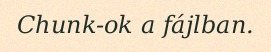
Chunk-ok a fájlban.